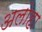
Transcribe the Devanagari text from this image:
अलोहा